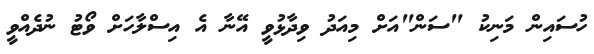
ހުސައިން މަނިކު "ސަން"އަށް މިއަދު ވިދާޅުވީ އޭނާ އެ އިސްލާހަށް ވޯޓު ނުދެއްވީ